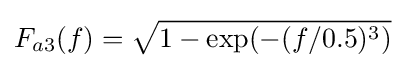
F_{a3}(f)={\sqrt {1-\exp(-(f/0.5)^{3})}}